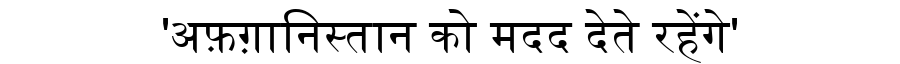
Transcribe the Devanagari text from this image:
'अफ़ग़ानिस्तान को मदद देते रहेंगे'